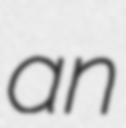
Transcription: an